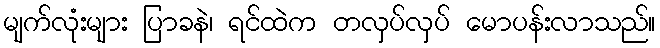
မျက်လုံးများ ပြာခနဲ၊ ရင်ထဲက တလှပ်လှပ် မောပန်းလာသည်။